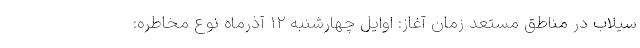
سیلاب در مناطق مستعد زمان آغاز: اوایل چهارشنبه ۱۲ آذرماه نوع مخاطره: